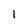
Character: 1